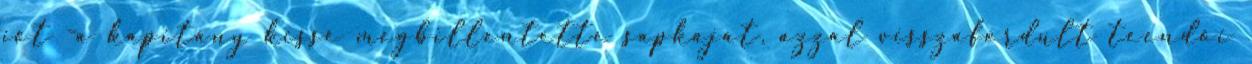
jót -a kapitány kissé megbillentette sapkáját, azzal visszafordult teendői